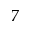
7